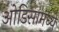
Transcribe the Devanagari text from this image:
ओडिसामध्ये